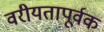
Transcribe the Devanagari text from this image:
वरीयतापूर्वक